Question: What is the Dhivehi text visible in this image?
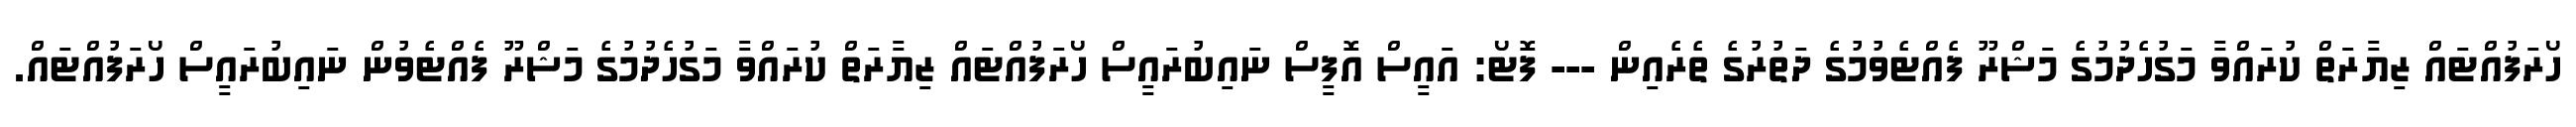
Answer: ހޯރަފުއްޓައް ޒިޔާރަތް ކުރައްވާ މަގުހެދުމުގެ މަޝްރޫ ފެއްޓެވުމުގެ ދަތުރުގެ ތެރެއިން --- ފޮޓޯ: އައީސް އޮފީސް ނައިބުރައީސް ހޯރަފުއްޓައް ޒިޔާރަތް ކުރައްވާ މަގުހެދުމުގެ މަޝްރޫ ފެއްޓެވުން ނައިބުރައީސް ހޯރަފުއްޓައް.